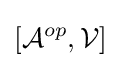
\left[{\mathcal {A}}^{op},{\mathcal {V}}\right]